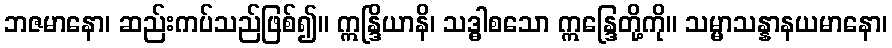
ဘဇမာနော၊ ဆည်းကပ်သည်ဖြစ်၍။ ဣန္ဒြိယာနိ၊ သဒ္ဓါစသော ဣန္ဒြေတို့ကို။ သမ္မာသန္နာနယမာနော၊